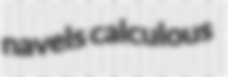
navels calculous